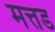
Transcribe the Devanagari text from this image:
मत्तड